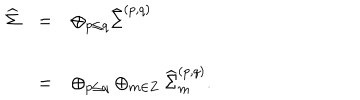
\begin{array} { l c l } { { { \widehat \Sigma } } } & { { = } } & { { \oplus _ { p \leq q } { \widehat \Sigma } ^ { ( p , q ) } } } \\ { { } } & { { = } } & { { \oplus _ { p \leq q } \oplus _ { m \in Z } { \widehat \Sigma } _ { m } ^ { ( p , q ) } . } } \\ \end{array}